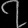
Digit: ၇